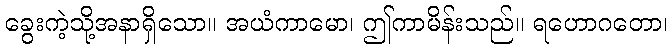
ခွေးကဲ့သို့အနာရှိသော။ အယံကာမော၊ ဤကာမိန်းသည်။ ရဟောဂတော၊